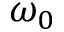
\omega _ { 0 }